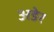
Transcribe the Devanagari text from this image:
अडेर